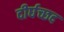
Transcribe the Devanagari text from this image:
दीर्घच्छद